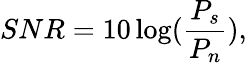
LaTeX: SNR=10\log(\frac{P_{s}}{P_{n}}),